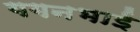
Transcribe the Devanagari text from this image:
गगनभाई